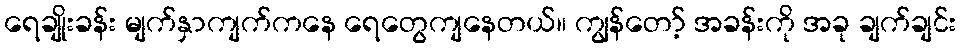
ရေချိုးခန်း မျက်နှာကျက်ကနေ ရေတွေကျနေတယ်။ ကျွန်တော့် အခန်းကို အခု ချက်ချင်း